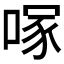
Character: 𭉇